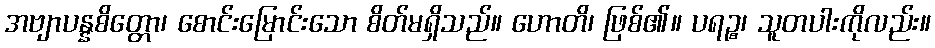
အဗျာပန္နစိတ္တော၊ စောင်းမြောင်းသော စိတ်မရှိသည်။ ဟောတိ၊ ဖြစ်၏။ ပရဉ္စ၊ သူတပါးကိုလည်း။